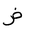
Letter: _dad